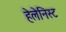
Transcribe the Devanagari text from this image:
हेलेनिस्ट